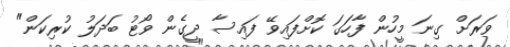
ވަރަށް ގިނަ މީހުން ފާހަގަ ކޮށްފައިވޭ ފައިސާ ދީގެން ވޯޓު ބަދަލު ކުރިކަން"